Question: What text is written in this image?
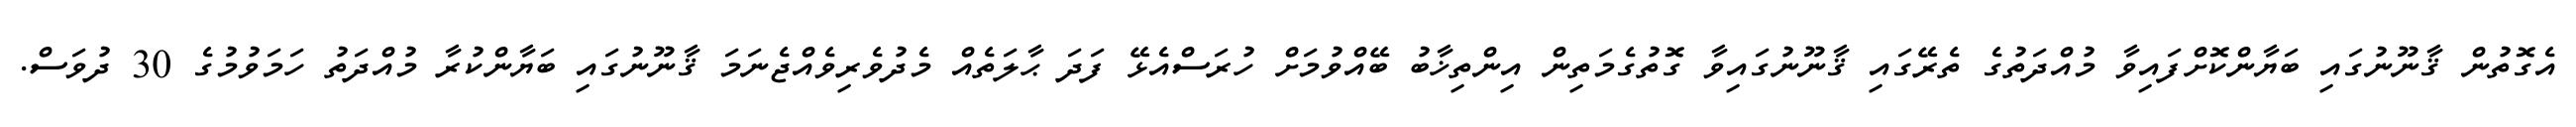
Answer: އެގޮތުން ޤާނޫނުގައި ބަޔާންކޮށްފައިވާ މުއްދަތުގެ ތެރޭގައި ޤާނޫނުގައިވާ ގޮތުގެމަތިން އިންތިޚާބު ބޭއްވުމަށް ހުރަސްއެޅޭ ފަދަ ޙާލަތެއް މެދުވެރިވެއްޖެނަމަ ޤާނޫނުގައި ބަޔާންކުރާ މުއްދަތު ހަމަވުމުގެ 30 ދުވަސް.